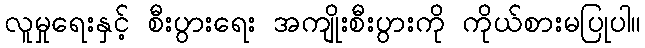
လူမှုရေးနှင့် စီးပွားရေး အကျိုးစီးပွားကို ကိုယ်စားမပြုပါ။